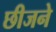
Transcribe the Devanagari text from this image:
छीजने